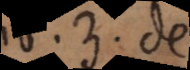
Lib. 3. de